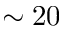
\sim 2 0